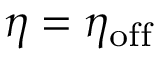
\eta = \eta _ { \mathrm { o f f } }